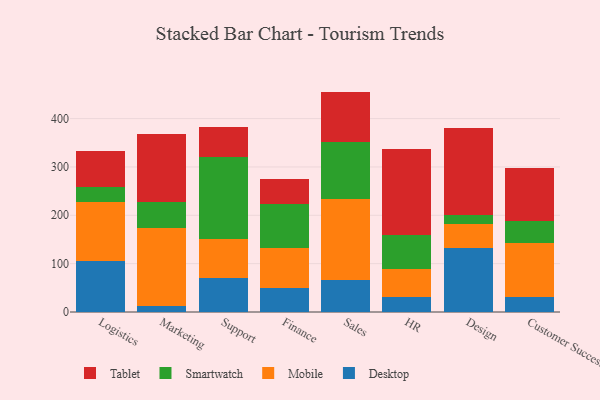
{"axis": {"x": "Department", "y": "Demand Index"}, "legend": ["Desktop", "Mobile", "Smartwatch", "Tablet"], "data": [{"x": "Logistics", "y": 105.2, "type": "Desktop"}, {"x": "Logistics", "y": 121.3, "type": "Mobile"}, {"x": "Logistics", "y": 31.0, "type": "Smartwatch"}, {"x": "Logistics", "y": 76.1, "type": "Tablet"}, {"x": "Marketing", "y": 13.2, "type": "Desktop"}, {"x": "Marketing", "y": 160.8, "type": "Mobile"}, {"x": "Marketing", "y": 52.7, "type": "Smartwatch"}, {"x": "Marketing", "y": 142.3, "type": "Tablet"}, {"x": "Support", "y": 69.3, "type": "Desktop"}, {"x": "Support", "y": 81.7, "type": "Mobile"}, {"x": "Support", "y": 168.8, "type": "Smartwatch"}, {"x": "Support", "y": 63.8, "type": "Tablet"}, {"x": "Finance", "y": 49.8, "type": "Desktop"}, {"x": "Finance", "y": 82.6, "type": "Mobile"}, {"x": "Finance", "y": 91.2, "type": "Smartwatch"}, {"x": "Finance", "y": 51.9, "type": "Tablet"}, {"x": "Sales", "y": 66.6, "type": "Desktop"}, {"x": "Sales", "y": 168.0, "type": "Mobile"}, {"x": "Sales", "y": 117.7, "type": "Smartwatch"}, {"x": "Sales", "y": 103.5, "type": "Tablet"}, {"x": "HR", "y": 32.0, "type": "Desktop"}, {"x": "HR", "y": 57.1, "type": "Mobile"}, {"x": "HR", "y": 69.7, "type": "Smartwatch"}, {"x": "HR", "y": 179.1, "type": "Tablet"}, {"x": "Design", "y": 132.2, "type": "Desktop"}, {"x": "Design", "y": 50.2, "type": "Mobile"}, {"x": "Design", "y": 18.8, "type": "Smartwatch"}, {"x": "Design", "y": 178.7, "type": "Tablet"}, {"x": "Customer Success", "y": 30.6, "type": "Desktop"}, {"x": "Customer Success", "y": 113.1, "type": "Mobile"}, {"x": "Customer Success", "y": 45.2, "type": "Smartwatch"}, {"x": "Customer Success", "y": 108.0, "type": "Tablet"}]}